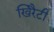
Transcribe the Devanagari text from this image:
खिरैटी